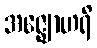
အဇ္ဈောဟရိ